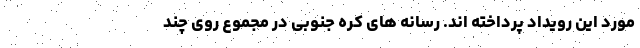
مورد این رویداد پرداخته اند. رسانه های کره جنوبی در مجموع روی چند